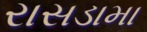
રાસડામા